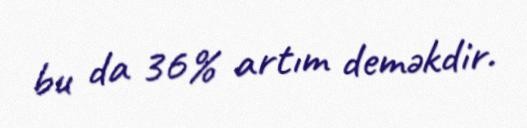
bu da 36% artım deməkdir.